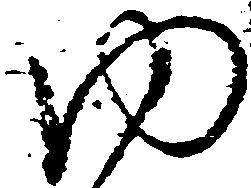
ゆ